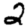
Digit: 2